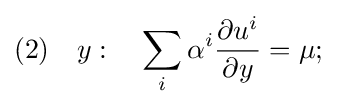
(2)\quad y:\quad \sum _{i}\alpha ^{i}{\frac {\partial u^{i}}{\partial y}}=\mu ;